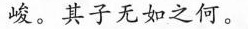
峻。其子无如之何。